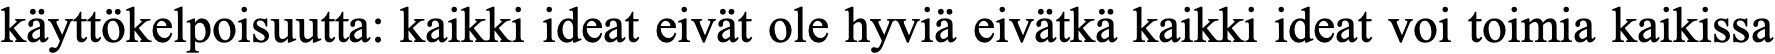
käyttökelpoisuutta: kaikki ideat eivät ole hyviä eivätkä kaikki ideat voi toimia kaikissa